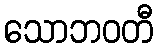
သောဘဝတီ